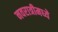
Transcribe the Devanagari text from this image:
नवरात्रीमध्ये